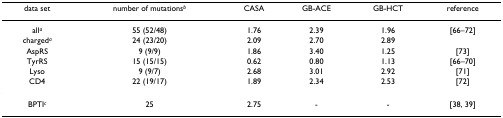
| data set | number of mutationsb | CASA | GB-ACE | GB-HCT | reference |
 | --- | --- | --- | --- | --- | --- |
 | alla | 55 (52/48) | 1.76 | 2.39 | 1.96 | [66–72] |
 | chargeda | 24 (23/20) | 2.09 | 2.70 | 2.89 |  |
 | AspRS | 9 (9/9) | 1.86 | 3.40 | 1.25 | [73] |
 | TyrRS | 15 (15/15) | 0.62 | 0.80 | 1.13 | [66–70] |
 | Lyso | 9 (9/7) | 2.68 | 3.01 | 2.92 | [71] |
 | CD4 | 22 (19/17) | 1.89 | 2.34 | 2.53 | [72] |
 | BPTIc | 25 | 2.75 | - | - | [38, 39] |